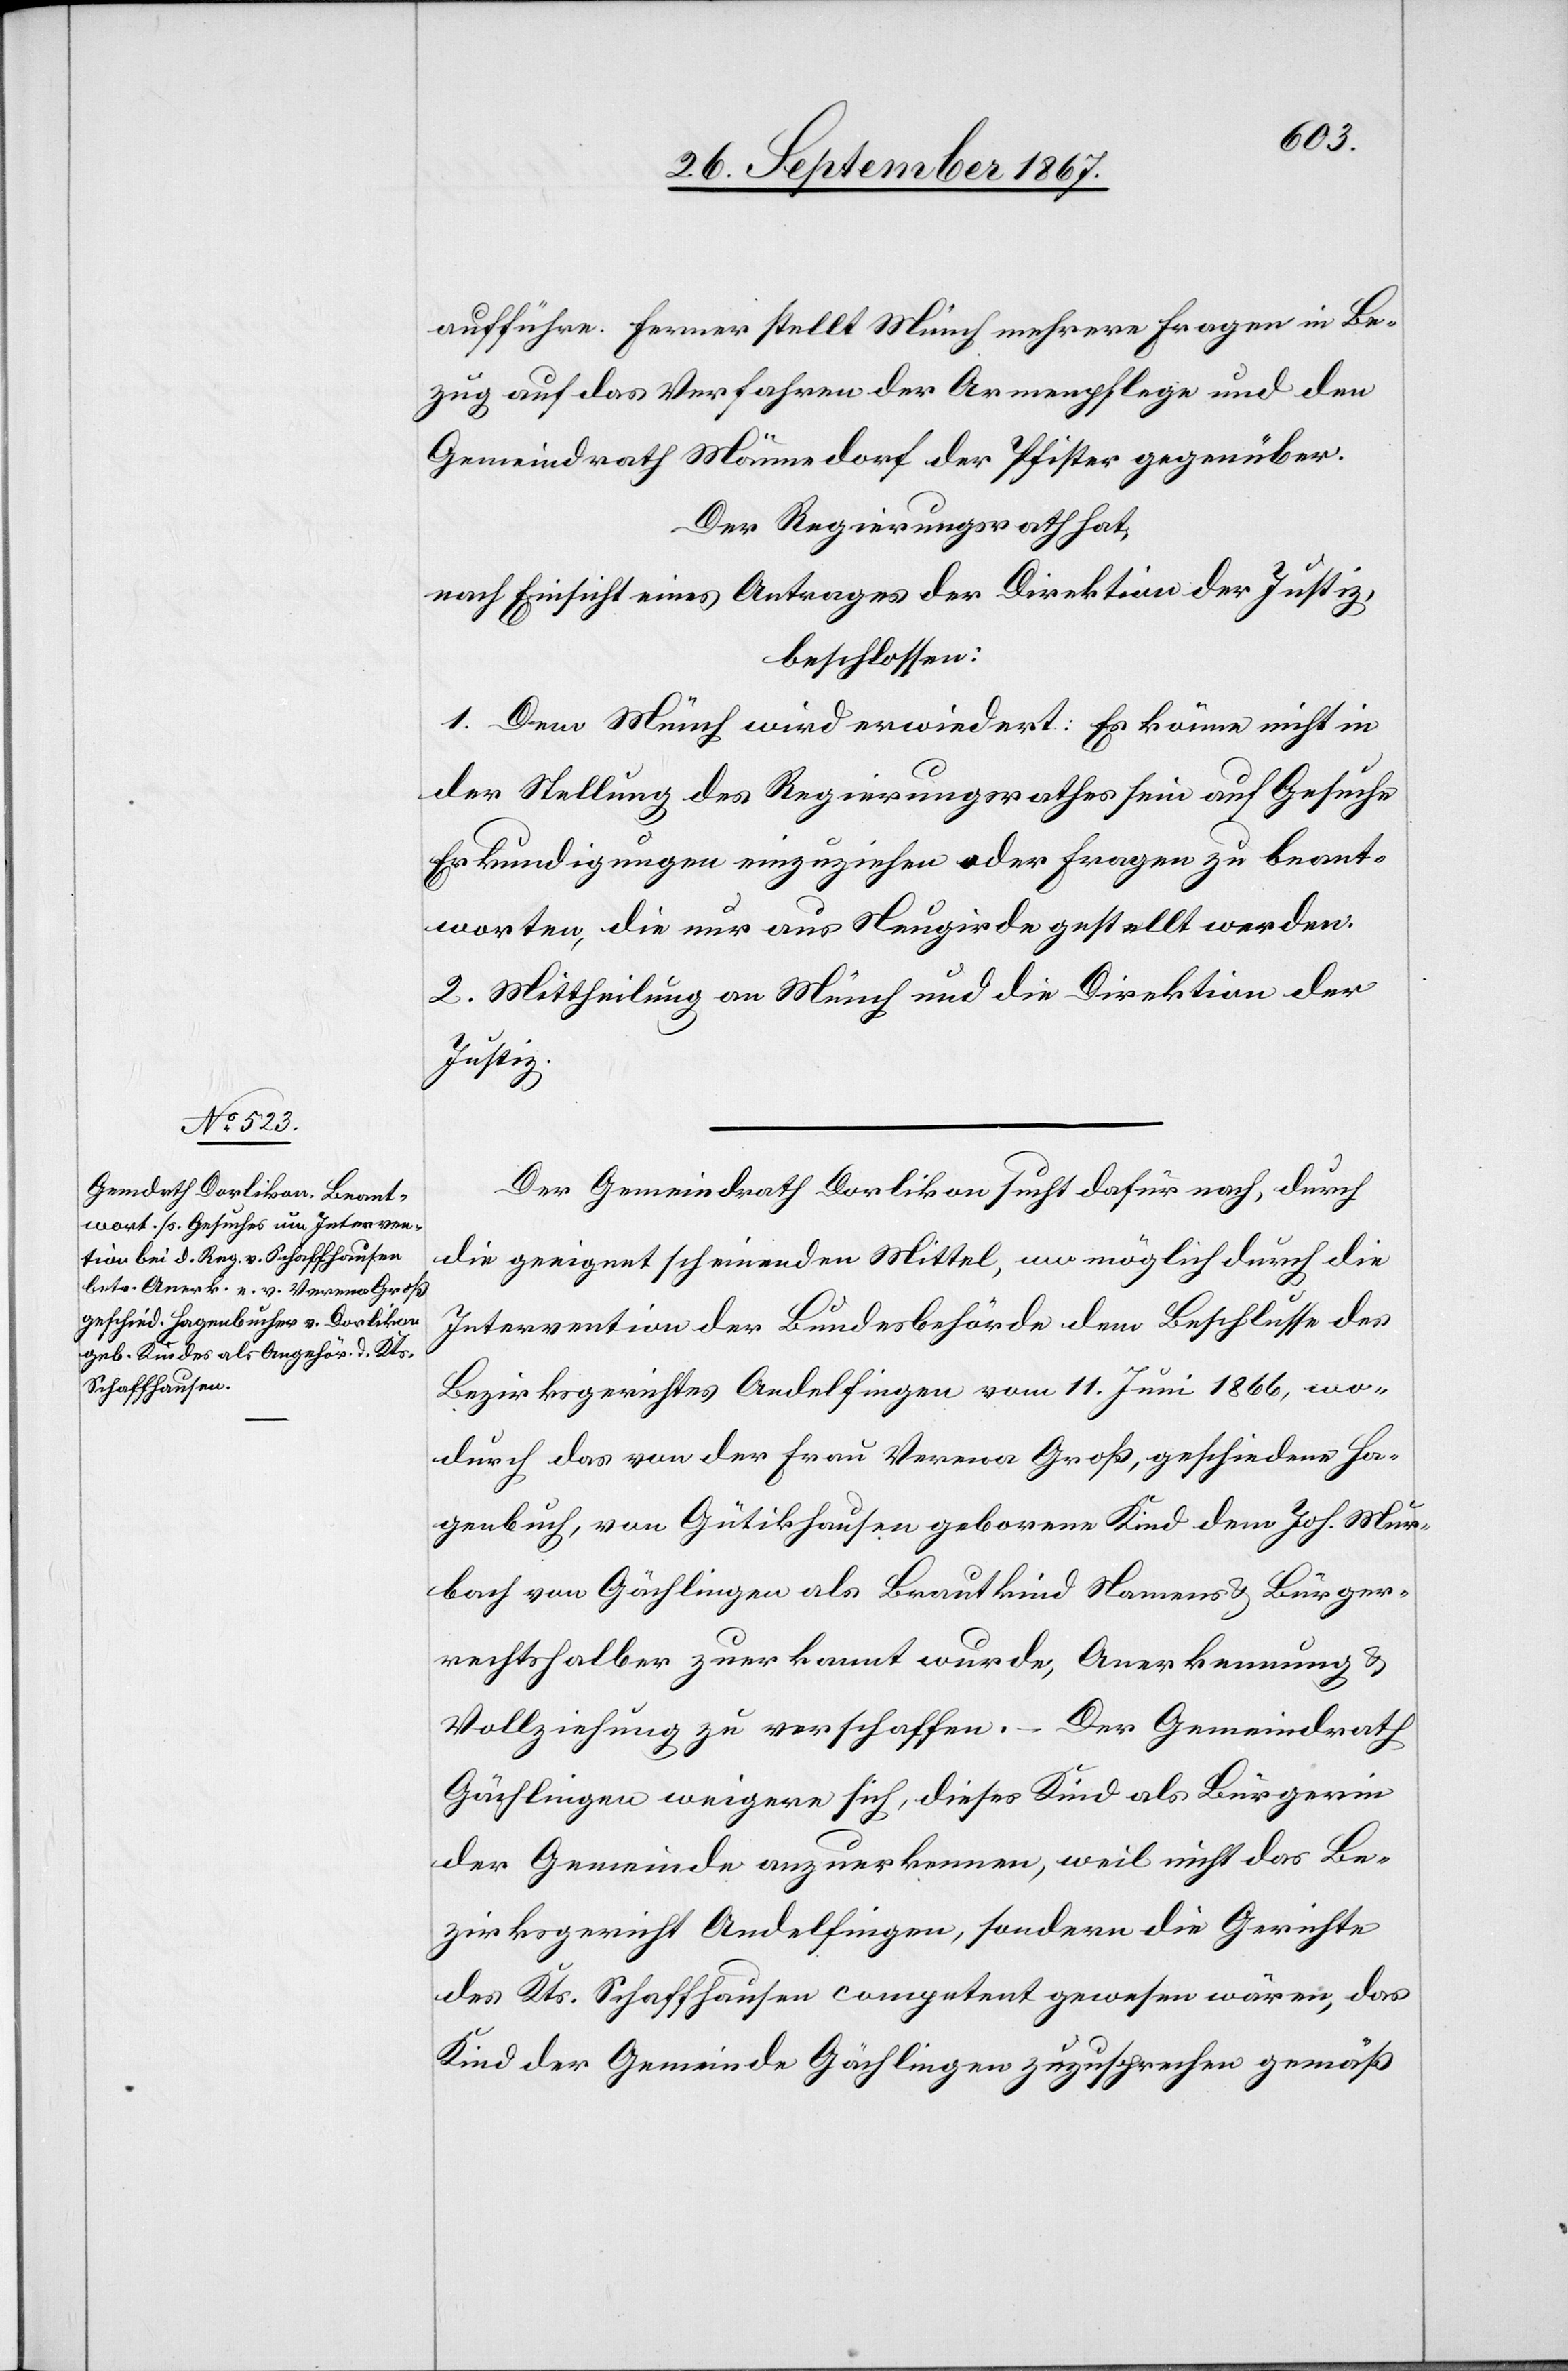
aufführe. Ferner stellt Münch mehrere Fragen in Be¬
zug auf das Verfahren der Armenpflege und den
Gemeindrath Männedorf der Pfister gegenüber.
Der Regierungsrath hat,
nach Einsicht eines Antrages der Direktion der Justiz,
beschlossen:
1. Dem Münch wird erwiedert: Es könne nicht in
der Stellung des Regierungsrathes sein auf Gesuche
Erkundigungen einzuziehen oder Fragen zu beant¬
worten, die nur aus Neugierde gestellt werden.
2. Mittheilung an Münch und an die Direktion der
Justiz.
Der Gemeindrath Dorlikon sucht dafür nach, durch
die geeignet scheinenden Mittel, wo möglich durch die
Intervention der Bundesbehörden dem Beschlusse des
Bezirksgerichtes Andelfingen vom 11. Juni 1866, wo¬
durch das von der Frau Verena Groß, geschieden Ha¬
genbuch, von Gütikhausen geborene Kind dem Joh. Mur¬
bach von Gächlingen als Brautkind Namens[-] u. Bürger¬
rechtshalber zuerkannt wurde, Anerkennung u.
Vollziehung zu verschaffen. – Der Gemeindrath
Gächlingen weigere sich, dieses Kind als Bürgerin
der Gemeinde anzuerkennen, weil nicht das Be¬
zirksgericht Andelfingen, sondern die Gerichte
des Kts. Schaffhausen competent gewesen wären, das
Kind der Gemeinde Gächlingen zuzusprechen gemäß